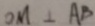
O M \bot A B